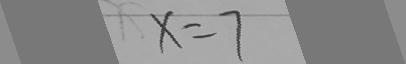
x = 7